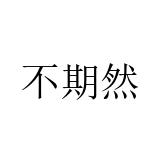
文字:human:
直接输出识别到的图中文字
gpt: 不期然